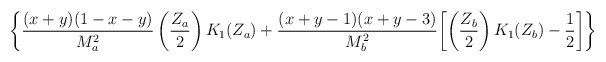
\begin{align*}\biggl\{\frac{(x+y)(1-x-y)}{M_{a}^{2}}\left(\frac{Z_{a}}{2}\right)K_{1}(Z_{a})+\frac{(x+y-1)(x+y-3)}{M_{b}^{2}}\biggl[\left(\frac{Z_{b}}{2}\right)K_{1}(Z_{b})-\frac{1}{2}\biggr]\biggr\}\end{align*}